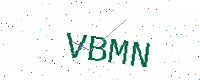
Text: VBMN